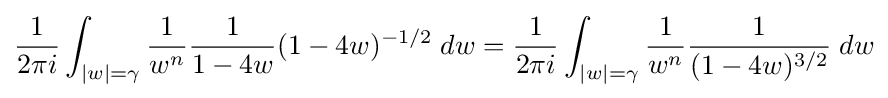
{\frac {1}{2\pi i}}\int _{|w|=\gamma }{\frac {1}{w^{n}}}{\frac {1}{1-4w}}(1-4w)^{-1/2}\;dw={\frac {1}{2\pi i}}\int _{|w|=\gamma }{\frac {1}{w^{n}}}{\frac {1}{(1-4w)^{3/2}}}\;dw